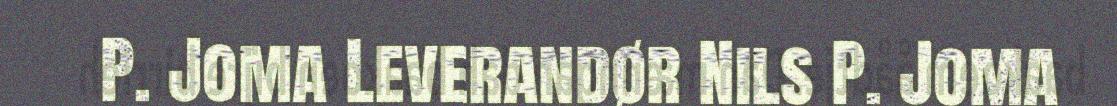
P. Joma Leverandør Nils P. Joma